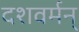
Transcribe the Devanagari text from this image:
दशवर्मन्‌